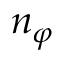
n _ { \varphi }